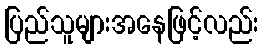
ပြည်သူများအနေဖြင့်လည်း